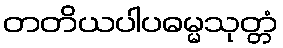
တတိယပါပဓမ္မသုတ္တံ